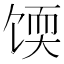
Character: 𫗬